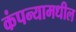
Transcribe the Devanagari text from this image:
कंपन्यामधील